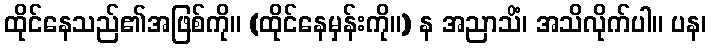
ထိုင်နေသည်၏အဖြစ်ကို။ (ထိုင်နေမှန်းကို။) န အညာသိံ၊ အသိလိုက်ပါ။ ပန၊